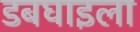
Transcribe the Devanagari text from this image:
डबघाइला